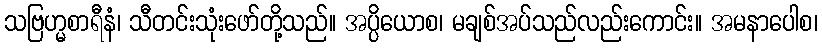
သဗြဟ္မစာရီနံ၊ သီတင်းသုံးဖော်တို့သည်။ အပ္ပိယောစ၊ မချစ်အပ်သည်လည်းကောင်း။ အမနာပေါစ၊